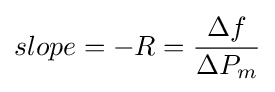
slope=-R={\frac {\Delta f}{\Delta P_{m}}}